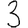
Digit: 3